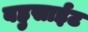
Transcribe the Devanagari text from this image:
बहुसाईट